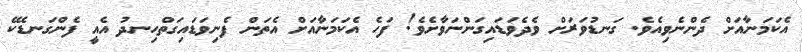
އެކަމަނާއަށް ދެންނެވިއެވެ. ގަނޑުވަރަށް ވެދެވަޑައިގަންނަވާށެވެ! ފަހެ އެކަމަނާއަށް އެތަން ފެނިވަޑައިގަތްހިނދު އެއީ ފެންގަނޑެކޭ